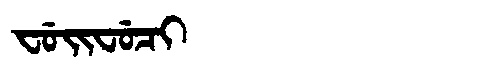
Manchu: ᠸᡠᡳᠸᡠᠴᡳ
Romanization: FUIFUCI